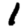
Digit: 1